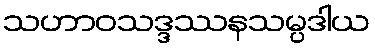
သဟာဝသဒ္ဒဿနသမ္ပဒါယ